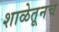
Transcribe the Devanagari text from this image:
शाळेतूनच